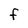
Character: F